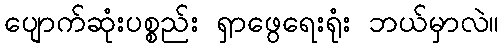
ပျောက်ဆုံးပစ္စည်း ရှာဖွေရေးရုံး ဘယ်မှာလဲ။